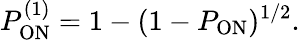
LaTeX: P_{\mathrm{ON}}^{(1)}=1-(1-P_{\mathrm{ON}})^{1/2}.